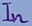
Text: In